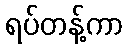
ရပ်တန့်ကာ